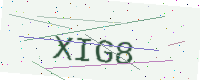
Text: XIG8